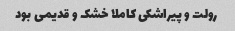
رولت و پیراشکی کاملا خشک و قدیمی بود